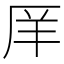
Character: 𫨇